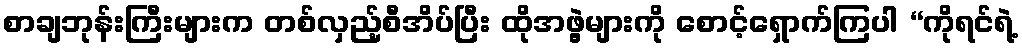
စာချဘုန်းကြီးများက တစ်လှည့်စီအိပ်ပြီး ထိုအဖွဲ့များကို စောင့်ရှောက်ကြပါ “ကိုရင်ရဲ့